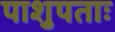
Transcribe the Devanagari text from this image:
पाशुपताः